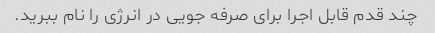
چند قدم قابل اجرا برای صرفه جویی در انرژی را نام ببرید.